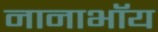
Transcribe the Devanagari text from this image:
नानाभॉय